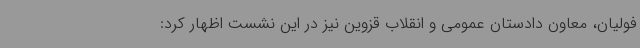
فولیان، معاون دادستان عمومی و انقلاب قزوین نیز در این نشست اظهار کرد: